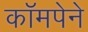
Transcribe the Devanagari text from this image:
कॉमपेने